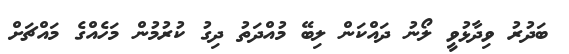
ބަދުރު ވިދާޅުވީ ލޯނު ދައްކަން ލިބޭ މުއްދަތު ދިގު ކުރުމުން މަހެއްގެ މައްޗަށް